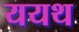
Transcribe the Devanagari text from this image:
ययथ